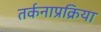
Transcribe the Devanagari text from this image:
तर्कनाप्रक्रिया